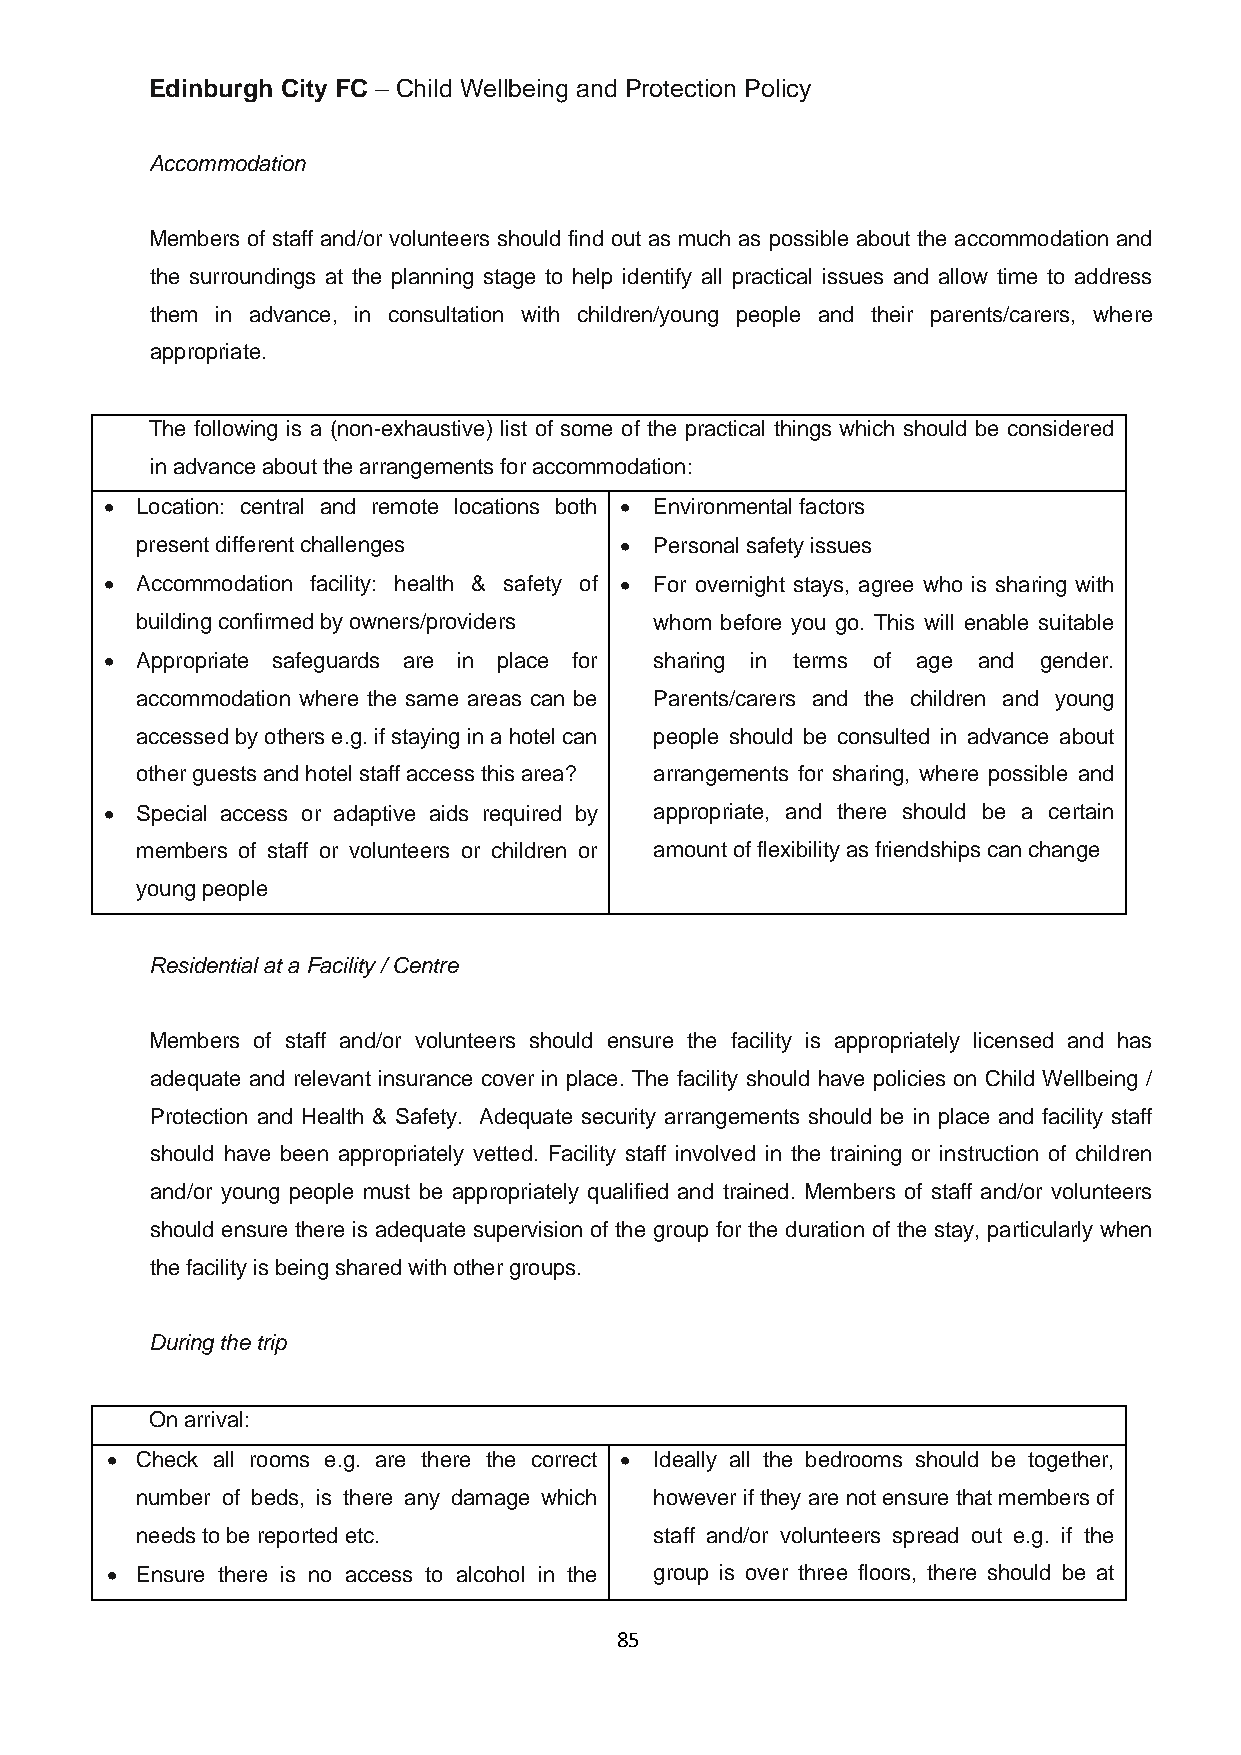
Edinburgh City FC – Child Wellbeing and Protection Policy
 Accommodation
 Members of staff and/or volunteers should find out as much as possible about the accommodation and
 the surroundings at the planning stage to help identify all practical issues and allow time to address
 them in advance, in consultation with children/young people and their parents/carers, where
 appropriate.
 The following is a (non-exhaustive) list of some of the practical things which should be considered
 in advance about the arrangements for accommodation:
 • Location: central and remote locations both • Environmental factors
 present different challenges    • Personal safety issues
 • Accommodation facility: health & safety of • For overnight stays, agree who is sharing with
 building confirmed by owners/providers whom before you go. This will enable suitable
 • Appropriate safeguards are in place for sharing in terms of age and gender.
 accommodation where the same areas can be Parents/carers and the children and young
 accessed by others e.g. if staying in a hotel can people should be consulted in advance about
 other guests and hotel staff access this area? arrangements for sharing, where possible and
 • Special access or adaptive aids required by appropriate, and there should be a certain
 members of staff or volunteers or children or amount of flexibility as friendships can change
 young people
 Residential at a Facility / Centre
 Members of staff and/or volunteers should ensure the facility is appropriately licensed and has
 adequate and relevant insurance cover in place. The facility should have policies on Child Wellbeing /
 Protection and Health & Safety. Adequate security arrangements should be in place and facility staff
 should have been appropriately vetted. Facility staff involved in the training or instruction of children
 and/or young people must be appropriately qualified and trained. Members of staff and/or volunteers
 should ensure there is adequate supervision of the group for the duration of the stay, particularly when
 the facility is being shared with other groups.
 During the trip
 On arrival:
 • Check all rooms e.g. are there the correct • Ideally all the bedrooms should be together,
 number of beds, is there any damage which however if they are not ensure that members of
 needs to be reported etc.         staff and/or volunteers spread out e.g. if the
 • Ensure there is no access to alcohol in the group is over three floors, there should be at
 85